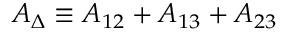
A _ { \Delta } \equiv A _ { 1 2 } + A _ { 1 3 } + A _ { 2 3 }